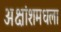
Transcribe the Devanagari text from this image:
अक्षांशमधला